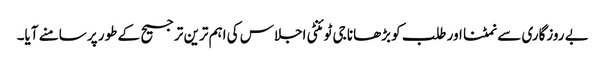
بے روزگاری سے نمٹنا اور طلب کو بڑھانا جی ٹوئنٹی اجلاس کی اہم ترین ترجیح کے طور پر سامنے آیا۔